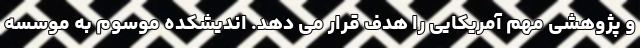
و پژوهشی مهم آمریکایی را هدف قرار می دهد. اندیشکده موسوم به موسسه